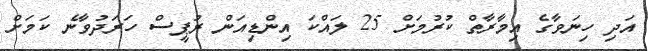
އަދި ހިނަވާގެ އިމާރާތް ކުރުމަށް 25 ލައްކަ އިންޑިއަން ރުޕީސް ހަރަދުވާނެ ކަމަށް